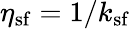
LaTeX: \eta_{\mathrm{sf}}=1/k_{\mathrm{sf}}